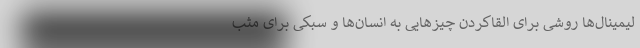
لیمینال‌ها روشی برای القاکردن چیزهایی به انسان‌ها و سبکی برای مثب